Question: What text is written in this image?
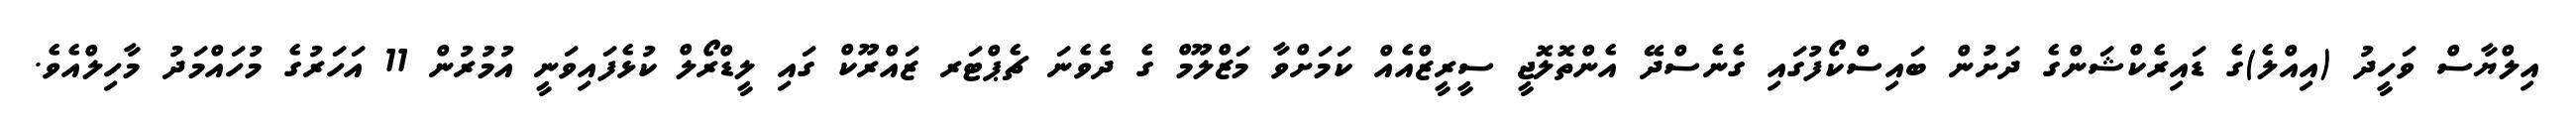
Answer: އިލްޔާސް ވަހީދު (އިއްލެ)ގެ ޑައިރެކްޝަންގެ ދަށުން ބައިސްކޯފުގައި ގެނެސްދޭ އެންތޮލޮޖީ ސީރީޒްއެއް ކަމަށްވާ މަޒްލޫމް ގެ ދެވެނަ ޗެޕްޓަރ ޒައްރޫކް ގައި ލީޑްރޯލް ކުޅެފައިވަނީ އުމުރުން 11 އަހަރުގެ މުހައްމަދު މާހިލްއެވެ.